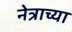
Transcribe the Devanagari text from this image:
नेत्राच्या